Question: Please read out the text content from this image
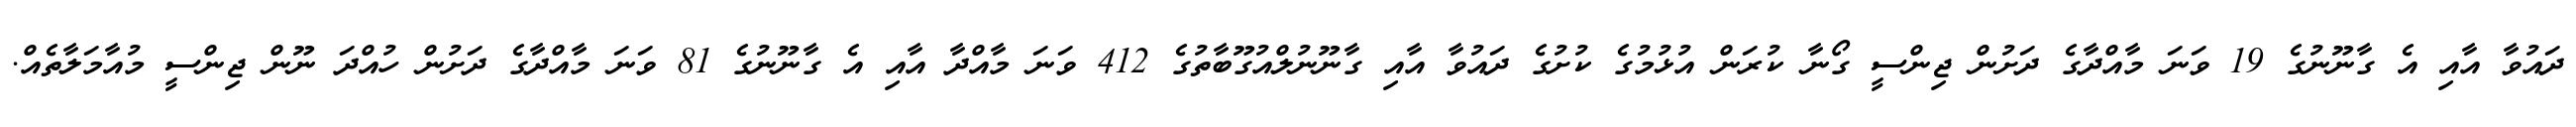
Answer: ދައުވާ އާއި އެ ގާނޫނުގެ 19 ވަނަ މާއްދާގެ ދަށުން ޖިންސީ ގޯނާ ކުރަން އުޅުމުގެ ކުށުގެ ދައުވާ އާއި ގާނޫނުލްއުގޫބާތުގެ 412 ވަނަ މާއްދާ އާއި އެ ގާނޫނުގެ 81 ވަނަ މާއްދާގެ ދަށުން ހުއްދަ ނޫން ޖިންސީ މުއާމަލާތެއް.